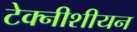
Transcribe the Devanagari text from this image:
टेक्नीशीयन